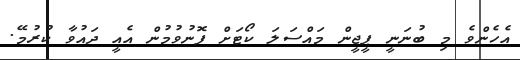
އެހެންވެ މި ބުނަނީ ޕީޖީން މައްސަަލަ ކޯޓަށް ފޮނުވުމުން އެއީ ދައުވާ ކުރުމޭ.